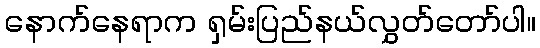
နောက်နေရာက ရှမ်းပြည်နယ်လွှတ်တော်ပါ။